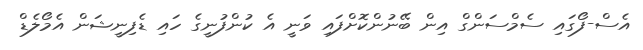
އެސް-ފޯގައި ސެމްސަންގް އިން ބޭނުންކޮށްފައި ވަނީ އެ ކުންފުނީގެ ހައި ޑެފިނީޝަން އެމޯލެޑް